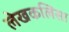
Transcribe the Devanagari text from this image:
लेखकलिसा